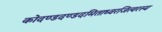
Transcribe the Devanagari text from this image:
कोदण्डदण्डदमिताध्वरजित्वरस्य